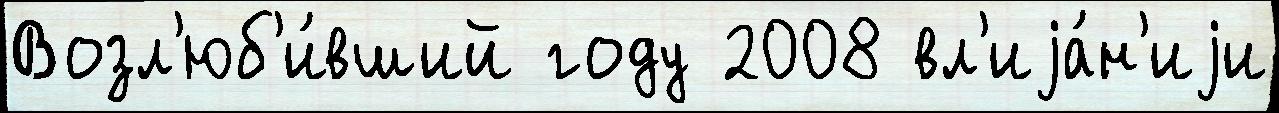
Возл'юб'и́вший году 2008 вл'иjа́н'иjи